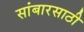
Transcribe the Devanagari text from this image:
सांबारसाठी